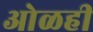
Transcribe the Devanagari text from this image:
ओळही